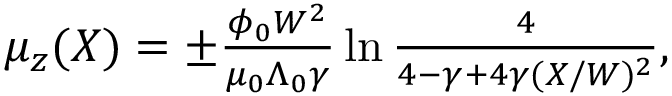
\begin{array} { r } { \mu _ { z } ( X ) = \pm \frac { \phi _ { 0 } W ^ { 2 } } { \mu _ { 0 } \Lambda _ { 0 } \gamma } \ln \frac { 4 } { 4 - \gamma + 4 \gamma ( X / W ) ^ { 2 } } , } \end{array}